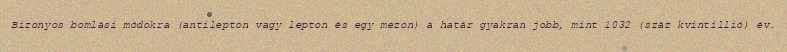
Bizonyos bomlási módokra (antilepton vagy lepton és egy mezon) a határ gyakran jobb, mint 1032 (száz kvintillió) év.